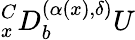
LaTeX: {}_{x}^{C}D_{b}^{(\alpha(x),\delta)}U